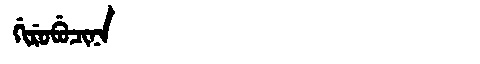
Manchu: ᡤᡳᡵᡠᠪᡠᠴᡳᠨᠠ
Romanization: GIRUBUCINA